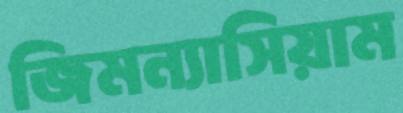
জিমন্যাসিয়াম